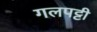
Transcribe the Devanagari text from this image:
गलपट्टी